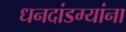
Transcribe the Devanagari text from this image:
धनदांडग्यांना